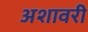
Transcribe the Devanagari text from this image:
अशावरी